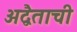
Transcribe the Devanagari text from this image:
अद्वैताची